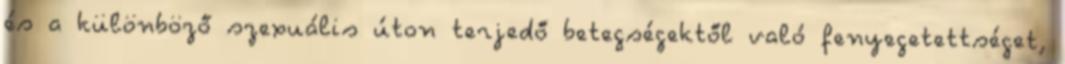
és a különböző szexuális úton terjedő betegségektől való fenyegetettséget,